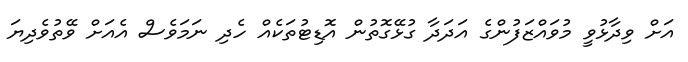
އަށް ވިދާޅުވީ މުވައްޒަފުންގެ އަދަދާ ގުޅޭގޮތުން އޮޑިޓުތަކެއް ހެދި ނަމަވެސް އެއަށް ވޭތުވެދިޔަ